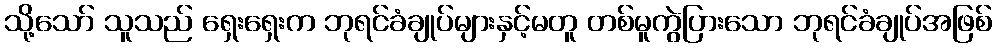
သို့သော် သူသည် ရှေးရှေးက ဘုရင်ခံချုပ်များနှင့်မတူ တစ်မူကွဲပြားသော ဘုရင်ခံချုပ်အဖြစ်